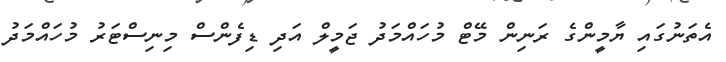
އެތަނުގައި ޔާމީންގެ ރަނިން މޭޓް މުހައްމަދު ޖަމީލް އަދި ޑިފެންސް މިނިސްޓަރު މުހައްމަދު